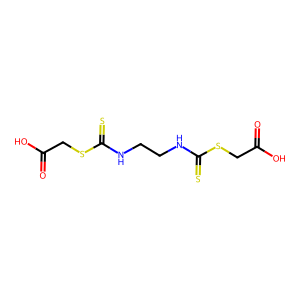
SMILES: O=C(O)CSC(=S)NCCNC(=S)SCC(=O)O
Inhibits HIV replication: No